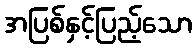
အပြစ်နှင့်ပြည့်သော